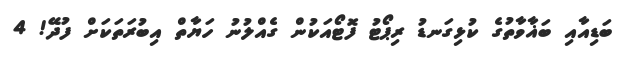
ބަޑިއާއި ބަޣާވާތުގެ ކުޅިގަނޑު ރިޕޯޓު ފޮޓޯއަކުން ގެއްލުނު ހަޔާތް އިބުރަތަކަށް ފުދޭ! 4